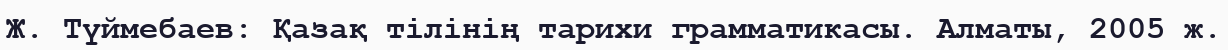
Ж. Түймебаев: Қазақ тілінің тарихи грамматикасы. Алматы, 2005 ж.